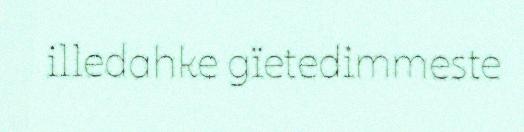
illedahke gïetedimmeste